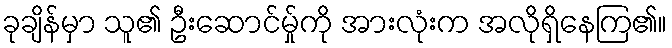
ခုချိန်မှာ သူ၏ ဦးဆောင်မ်ှုကို အားလုံးက အလိုရှိနေကြ၏။